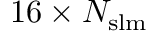
1 6 \times N _ { \mathrm { { s l m } } }